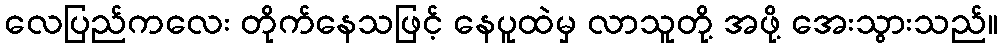
လေပြည်ကလေး တိုက်နေသဖြင့် နေပူထဲမှ လာသူတို့ အဖို့ အေးသွားသည်။